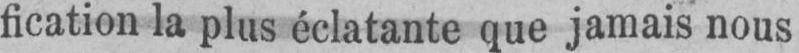
fication la plus éclatante que jamais nous